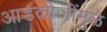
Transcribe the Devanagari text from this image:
आडकोजींमुळे